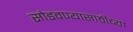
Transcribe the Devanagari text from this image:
सोडवण्यासाठीच्या